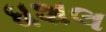
ધશલ